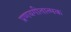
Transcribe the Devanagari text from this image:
प्रणयगीतात्मक